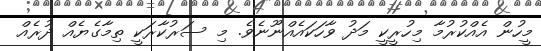
މީހުން އެއްކުރުމާ މިހުރީކީ މަދު ވާހަކައެއްނޫނެވެ. މި ސަރުކާރަކީ ތިމާގެޔެއް ދުރެއް